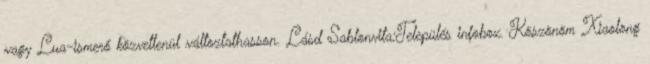
vagy Lua-ismerő közvetlenül változtathasson. Lásd Sablonvita:Település infobox. Köszönöm Xiaolong